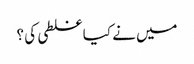
میں نے کیا غلطی کی ؟